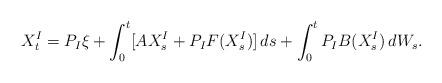
LaTeX: \begin{align*}X_t^{I} = P_{I} \xi + \int_0^t [ A X_s^{I} + P_{I}F( X_s^{I})] \, ds+\int_0^t P_{I} B ( X^{I}_s ) \, dW_s.\end{align*}